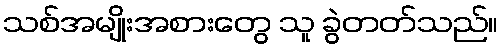
သစ်အမျိုးအစားတွေ သူ ခွဲတတ်သည်။